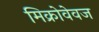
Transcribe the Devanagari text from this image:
मिक्रोवेवज